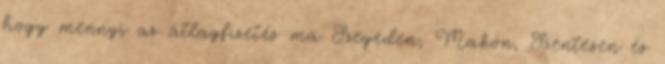
hogy mennyi az átlagfizetés ma Szegeden, Makón, Szentesen és